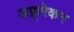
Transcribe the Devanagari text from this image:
अफ़्र्रेकन